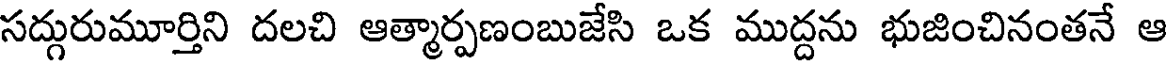
సద్గురుమూర్తిని దలచి ఆత్మార్పణంబుజేసి ఒక ముద్దను భుజించినంతనే ఆ